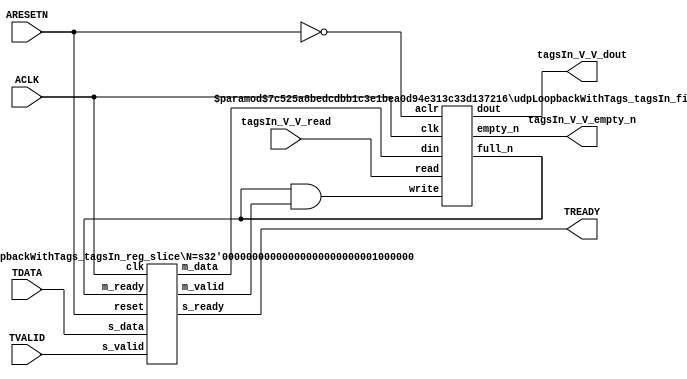
// ==============================================================
// File generated by Vivado(TM) HLS - High-Level Synthesis from C, C++ and SystemC
// Version: 2016.3
// Copyright (C) 1986-2016 Xilinx, Inc. All Rights Reserved.
// 
// ==============================================================


`timescale 1ns/1ps

module udpLoopbackWithTags_tagsIn_if (
    // AXI4-Stream singals
    input  wire        ACLK,
    input  wire        ARESETN,
    input  wire        TVALID,
    output wire        TREADY,
    input  wire [63:0] TDATA,
    // User signals
    output wire [63:0] tagsIn_V_V_dout,
    output wire        tagsIn_V_V_empty_n,
    input  wire        tagsIn_V_V_read
);
//------------------------Local signal-------------------
// FIFO
wire [0:0]  fifo_write;
wire [0:0]  fifo_full_n;
wire [63:0] tagsIn_V_V_din;
wire [0:0]  tagsIn_V_V_full_n;
// register slice
wire [0:0]  s_valid;
wire [0:0]  s_ready;
wire [63:0] s_data;
wire [0:0]  m_valid;
wire [0:0]  m_ready;
wire [63:0] m_data;

//------------------------Instantiation------------------
// rs
udpLoopbackWithTags_tagsIn_reg_slice #(
    .N       ( 64 )
) rs (
    .clk     ( ACLK ),
    .reset   ( ARESETN ),
    .s_data  ( s_data ),
    .s_valid ( s_valid ),
    .s_ready ( s_ready ),
    .m_data  ( m_data ),
    .m_valid ( m_valid ),
    .m_ready ( m_ready )
);

// tagsIn_V_V_fifo
udpLoopbackWithTags_tagsIn_fifo #(
    .DATA_BITS  ( 64 ),
    .DEPTH_BITS ( 4 )
) tagsIn_V_V_fifo (
    .clk        ( ACLK ),
    .aclr       ( ~ARESETN ),
    .empty_n    ( tagsIn_V_V_empty_n ),
    .full_n     ( tagsIn_V_V_full_n ),
    .read       ( tagsIn_V_V_read ),
    .write      ( fifo_write ),
    .dout       ( tagsIn_V_V_dout ),
    .din        ( tagsIn_V_V_din )
);

//------------------------Body---------------------------
//++++++++++++++++++++++++AXI4-Stream++++++++++++++++++++
assign TREADY = s_ready;

//+++++++++++++++++++++++++++++++++++++++++++++++++++++++

//++++++++++++++++++++++++Reigister Slice++++++++++++++++
assign s_valid = TVALID;
assign m_ready = fifo_full_n;
assign s_data  = {TDATA[63:0]};

//+++++++++++++++++++++++++++++++++++++++++++++++++++++++

//++++++++++++++++++++++++FIFO+++++++++++++++++++++++++++
assign fifo_write     = fifo_full_n & m_valid;
assign tagsIn_V_V_din = m_data[63:0];
assign fifo_full_n    = tagsIn_V_V_full_n;

//+++++++++++++++++++++++++++++++++++++++++++++++++++++++

endmodule



`timescale 1ns/1ps

module udpLoopbackWithTags_tagsIn_fifo
#(parameter
    DATA_BITS  = 8,
    DEPTH_BITS = 4
)(
    input  wire                 clk,
    input  wire                 aclr,
    output wire                 empty_n,
    output wire                 full_n,
    input  wire                 read,
    input  wire                 write,
    output wire [DATA_BITS-1:0] dout,
    input  wire [DATA_BITS-1:0] din
);
//------------------------Parameter----------------------
localparam
    DEPTH = 1 << DEPTH_BITS;
//------------------------Local signal-------------------
reg                   empty;
reg                   full;
reg  [DEPTH_BITS-1:0] index;
reg  [DATA_BITS-1:0]  mem[0:DEPTH-1];
//------------------------Body---------------------------
assign empty_n = ~empty;
assign full_n  = ~full;
assign dout    = mem[index];

// empty
always @(posedge clk or posedge aclr) begin
    if (aclr)
        empty <= 1'b1;
    else if (empty & write & ~read)
        empty <= 1'b0;
    else if (~empty & ~write & read & (index==1'b0))
        empty <= 1'b1;
end

// full
always @(posedge clk or posedge aclr) begin
    if (aclr)
        full <= 1'b0;
    else if (full & read & ~write)
        full <= 1'b0;
    else if (~full & ~read & write & (index==DEPTH-2'd2))
        full <= 1'b1;
end

// index
always @(posedge clk or posedge aclr) begin
    if (aclr)
        index <= {DEPTH_BITS{1'b1}};
    else if (~empty & ~write & read)
        index <= index - 1'b1;
    else if (~full & ~read & write)
        index <= index + 1'b1;
end

// mem
always @(posedge clk) begin
    if (~full & write) mem[0] <= din;
end

genvar i;
generate
    for (i = 1; i < DEPTH; i = i + 1) begin : gen_sr
        always @(posedge clk) begin
            if (~full & write) mem[i] <= mem[i-1];
        end
    end
endgenerate

endmodule

`timescale 1ns/1ps

module udpLoopbackWithTags_tagsIn_reg_slice
#(parameter
    N = 8   // data width
) (
    // system signals
    input  wire         clk,
    input  wire         reset,
    // slave side
    input  wire [N-1:0] s_data,
    input  wire         s_valid,
    output wire         s_ready,
    // master side
    output wire [N-1:0] m_data,
    output wire         m_valid,
    input  wire         m_ready
);
//------------------------Parameter----------------------
// state
localparam [1:0]
    ZERO = 2'b10,
    ONE  = 2'b11,
    TWO  = 2'b01;
//------------------------Local signal-------------------
reg  [N-1:0] data_p1;
reg  [N-1:0] data_p2;
wire         load_p1;
wire         load_p2;
wire         load_p1_from_p2;
reg          s_ready_t;
reg  [1:0]   state;
reg  [1:0]   next;
//------------------------Body---------------------------
assign s_ready = s_ready_t;
assign m_data  = data_p1;
assign m_valid = state[0];

assign load_p1 = (state == ZERO && s_valid) ||
                 (state == ONE && s_valid && m_ready) ||
                 (state == TWO && m_ready);
assign load_p2 = s_valid & s_ready;
assign load_p1_from_p2 = (state == TWO);

// data_p1
always @(posedge clk) begin
    if (load_p1) begin
        if (load_p1_from_p2)
            data_p1 <= data_p2;
        else
            data_p1 <= s_data;
    end
end

// data_p2
always @(posedge clk) begin
    if (load_p2) data_p2 <= s_data;
end

// s_ready_t
always @(posedge clk) begin
    if (~reset)
        s_ready_t <= 1'b0;
    else if (state == ZERO)
        s_ready_t <= 1'b1;
    else if (state == ONE && next == TWO)
        s_ready_t <= 1'b0;
    else if (state == TWO && next == ONE)
        s_ready_t <= 1'b1;
end

// state
always @(posedge clk) begin
    if (~reset)
        state <= ZERO;
    else
        state <= next;
end

// next
always @(*) begin
    case (state)
        ZERO:
            if (s_valid & s_ready)
                next = ONE;
            else
                next = ZERO;
        ONE:
            if (~s_valid & m_ready)
                next = ZERO;
            else if (s_valid & ~m_ready)
                next = TWO;
            else
                next = ONE;
        TWO:
            if (m_ready)
                next = ONE;
            else
                next = TWO;
        default:
            next = ZERO;
    endcase
end

endmodule